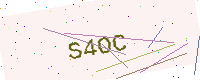
Text: S4OC